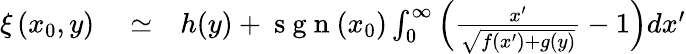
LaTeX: \begin{array}{rlr}{\xi\left(x_{0},y\right)}&{{}\simeq}&{h(y)+\mathrm{~s~g~n~}(x_{0})\int_{0}^{\infty}\left(\frac{x^{\prime}}{\sqrt{f(x^{\prime})+g(y)}}-1\right)dx^{\prime}}\end{array}